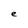
Character: e